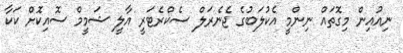
ނިއުއިން މިގޮތައް ނިންމީ އެކުލަބުގެ ޖެނެރަލް ސެކްރެޓަރީ އާލީ ޝަމީމް ސޮއިކޮށް ކަކާ